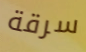
سرقة